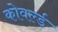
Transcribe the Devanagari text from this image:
कोवर्ल्ड